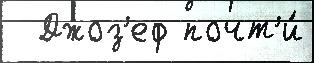
  Джоз'еф почт'и́